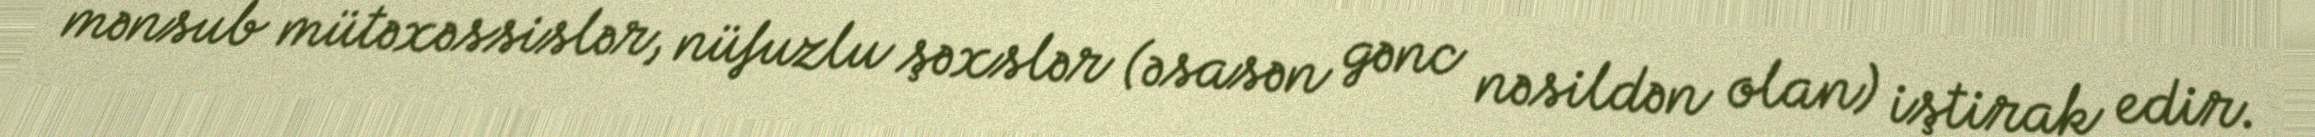
mənsub mütəxəssislər, nüfuzlu şəxslər (əsasən gənc nəsildən olan) iştirak edir.